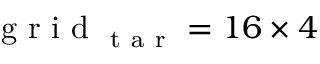
\mathrm { ~ g ~ r ~ i ~ d ~ } _ { \mathrm { ~ t ~ a ~ r ~ } } = 1 6 \times 4